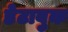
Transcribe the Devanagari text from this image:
डेटाबुक